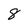
Character: 8